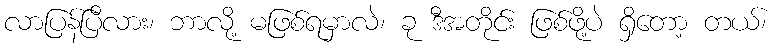
လာပြန်ပြီလား၊ ဘာလို့ မဖြစ်ရမှာလဲ၊ ခု ဒီအတိုင်း ဖြစ်ဖို့ပဲ ရှိတော့ တယ်၊